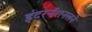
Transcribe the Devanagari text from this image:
इंटरनॅशनलने